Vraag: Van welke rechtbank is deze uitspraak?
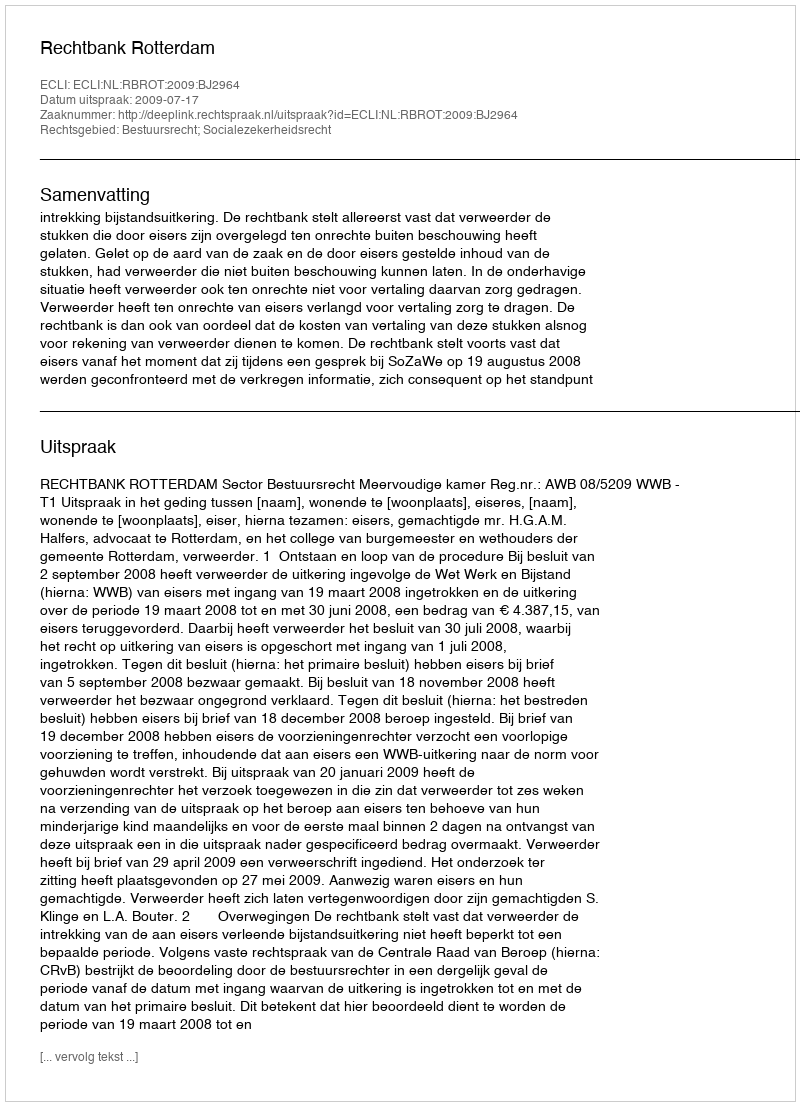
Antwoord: Rechtbank Rotterdam